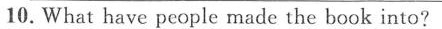
10.What have people made the book into?